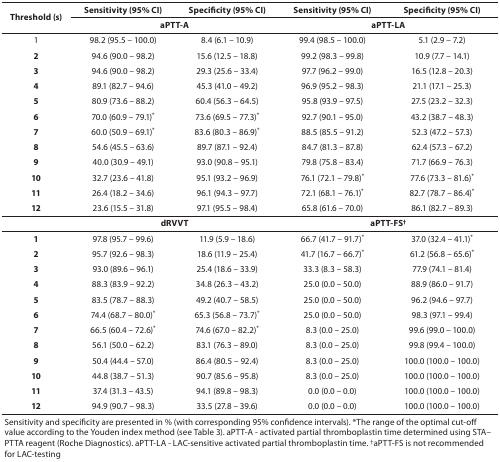
<table><thead><tr><td rowspan="2"><b>Threshold (s)</b></td><td><b>Sensitivity (95% CI)</b></td><td><b>Specificity (95% CI)</b></td><td><b>Sensitivity (95% CI)</b></td><td><b>Specificity (95% CI)</b></td></tr></thead><tbody><tr><td colspan="2"><b>aPTT-A</b></td><td colspan="2"><b>aPTT-LA</b></td></tr><tr><td>1</td><td>98.2 (95.5 – 100.0)</td><td>8.4 (6.1 – 10.9)</td><td>99.4 (98.5 – 100.0)</td><td>5.1 (2.9 – 7.2)</td></tr><tr><td><b>2</b></td><td>94.6 (90.0 – 98.2)</td><td>15.6 (12.5 – 18.8)</td><td>99.2 (98.3 – 99.8)</td><td>10.9 (7.7 – 14.1)</td></tr><tr><td><b>3</b></td><td>94.6 (90.0 – 98.2)</td><td>29.3 (25.6 – 33.4)</td><td>97.7 (96.2 – 99.0)</td><td>16.5 (12.8 – 20.3)</td></tr><tr><td><b>4</b></td><td>89.1 (82.7 – 94.6)</td><td>45.3 (41.0 – 49.2)</td><td>96.9 (95.2 – 98.3)</td><td>21.1 (17.1 – 25.3)</td></tr><tr><td><b>5</b></td><td>80.9 (73.6 – 88.2)</td><td>60.4 (56.3 – 64.5)</td><td>95.8 (93.9 – 97.5)</td><td>27.5 (23.2 – 32.3)</td></tr><tr><td><b>6</b></td><td>70.0 (60.9 – 79.1)*</td><td>73.6 (69.5 – 77.3)*</td><td>92.7 (90.1 – 95.0)</td><td>43.2 (38.7 – 48.3)</td></tr><tr><td><b>7</b></td><td>60.0 (50.9 – 69.1)*</td><td>83.6 (80.3 – 86.9)*</td><td>88.5 (85.5 – 91.2)</td><td>52.3 (47.2 – 57.3)</td></tr><tr><td><b>8</b></td><td>54.6 (45.5 – 63.6)</td><td>89.7 (87.1 – 92.4)</td><td>84.7 (81.3 – 87.8)</td><td>62.4 (57.3 – 67.2)</td></tr><tr><td><b>9</b></td><td>40.0 (30.9 – 49.1)</td><td>93.0 (90.8 – 95.1)</td><td>79.8 (75.8 – 83.4)</td><td>71.7 (66.9 – 76.3)</td></tr><tr><td><b>10</b></td><td>32.7 (23.6 – 41.8)</td><td>95.1 (93.2 – 96.9)</td><td>76.1 (72.1 – 79.8)*</td><td>77.6 (73.3 – 81.6)*</td></tr><tr><td><b>11</b></td><td>26.4 (18.2 – 34.6)</td><td>96.1 (94.3 – 97.7)</td><td>72.1 (68.1 – 76.1)*</td><td>82.7 (78.7 – 86.4)*</td></tr><tr><td><b>12</b></td><td>23.6 (15.5 – 31.8)</td><td>97.1 (95.5 – 98.4)</td><td>65.8 (61.6 – 70.0)</td><td>86.1 (82.7 – 89.3)</td></tr><tr><td></td><td colspan="2"><b>dRVVT</b></td><td colspan="2"><b>aPTT-FS<sup>†</sup></b></td></tr><tr><td><b>1</b></td><td>97.8 (95.7 – 99.6)</td><td>11.9 (5.9 – 18.6)</td><td>66.7 (41.7 – 91.7)*</td><td>37.0 (32.4 – 41.1)*</td></tr><tr><td><b>2</b></td><td>95.7 (92.6 – 98.3)</td><td>18.6 (11.9 – 25.4)</td><td>41.7 (16.7 – 66.7)*</td><td>61.2 (56.8 – 65.6)*</td></tr><tr><td><b>3</b></td><td>93.0 (89.6 – 96.1)</td><td>25.4 (18.6 – 33.9)</td><td>33.3 (8.3 – 58.3)</td><td>77.9 (74.1 – 81.4)</td></tr><tr><td><b>4</b></td><td>88.3 (83.9 – 92.2)</td><td>34.8 (26.3 – 43.2)</td><td>25.0 (0.0 – 50.0)</td><td>88.9 (86.0 – 91.7)</td></tr><tr><td><b>5</b></td><td>83.5 (78.7 – 88.3)</td><td>49.2 (40.7 – 58.5)</td><td>25.0 (0.0 – 50.0)</td><td>96.2 (94.6 – 97.7)</td></tr><tr><td><b>6</b></td><td>74.4 (68.7 – 80.0)*</td><td>65.3 (56.8 – 73.7)*</td><td>25.0 (0.0 – 50.0)</td><td>98.3 (97.1 – 99.4)</td></tr><tr><td><b>7</b></td><td>66.5 (60.4 – 72.6)*</td><td>74.6 (67.0 – 82.2)*</td><td>8.3 (0.0 – 25.0)</td><td>99.6 (99.0 – 100.0)</td></tr><tr><td><b>8</b></td><td>56.1 (50.0 – 62.2)</td><td>83.1 (76.3 – 89.0)</td><td>8.3 (0.0 – 25.0)</td><td>99.8 (99.4 – 100.0)</td></tr><tr><td><b>9</b></td><td>50.4 (44.4 – 57.0)</td><td>86.4 (80.5 – 92.4)</td><td>8.3 (0.0 – 25.0)</td><td>100.0 (100.0 – 100.0)</td></tr><tr><td><b>10</b></td><td>44.8 (38.7 – 51.3)</td><td>90.7 (85.6 – 95.8)</td><td>8.3 (0.0 – 25.0)</td><td>100.0 (100.0 – 100.0)</td></tr><tr><td><b>11</b></td><td>37.4 (31.3 – 43.5)</td><td>94.1 (89.8 – 98.3)</td><td>0.0 (0.0 – 0.0)</td><td>100.0 (100.0 – 100.0)</td></tr><tr><td><b>12</b></td><td>94.9 (90.7 – 98.3)</td><td>33.5 (27.8 – 39.6)</td><td>0.0 (0.0 – 0.0)</td><td>100.0 (100.0 – 100.0)</td></tr><tr><td colspan="5">Sensitivity and specificity are presented in % (with corresponding 95% confidence intervals). *The range of the optimal cut-off value according to the Youden index method (see Table 3). aPTT-A - activated partial thromboplastin time determined using STA–PTTA reagent (Roche Diagnostics). aPTT-LA - LAC-sensitive activated partial thromboplastin time. <sup>†</sup>aPTT-FS is not recommended for LAC-testing</td></tr></tbody></table>